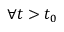
\forall t > t _ { 0 }